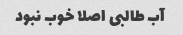
آب طالبی اصلا خوب نبود